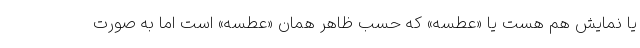
یا نمایش هم هست یا «عطسه» که حسب ظاهر همان «عطسه» است اما به صورت